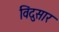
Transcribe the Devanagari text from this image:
विंदुसार